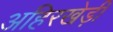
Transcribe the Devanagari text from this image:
अहिरखेड़ी